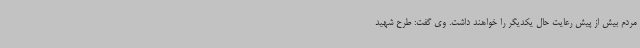
مردم بیش از پیش رعایت حال یکدیگر را خواهند داشت. وی گفت: طرح شهید